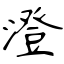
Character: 澄